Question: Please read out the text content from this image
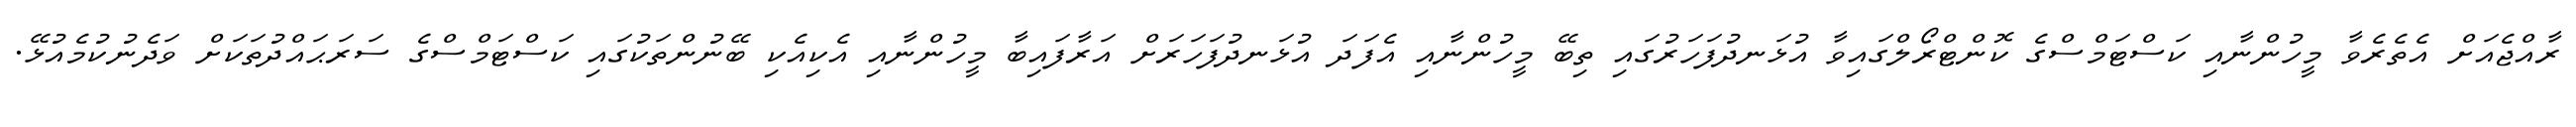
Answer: ރާއްޖެއަށް އެތެރެވާ މީހުންނާއި ކަސްޓަމްސްގެ ކޮންޓްރޯލްގައިވާ އުޅަނދުފަހަރުގައި ތިބޭ މީހުންނާއި އެފަދަ އުޅަނދުފަހަރަށް އަރާފައިބާ މީހުންނާއި އެކިއެކި ބޭނުންތަކުގައި ކަސްޓަމްސްގެ ސަރަޙައްދުތަކަށް ވަދެނުކުމެއުޅޭ.